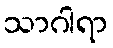
သာဂါရာ